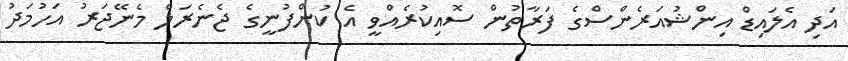
އަދި އެލައިޑް އިންޝުއަރެންސްގެ ފަރާތުން ސޮއިކުރެއްވީ އެ ކުންފުނީގެ ޖެނެރަލް މެނޭޖަރު އަހުމަދު